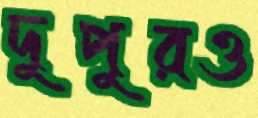
দুপুরও